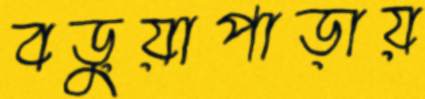
বড়ুয়াপাড়ায়